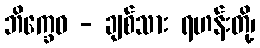
ဘိက္ခေဝ - ချစ်သား ရဟန်းတို့၊